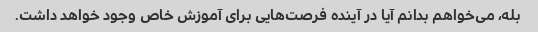
بله، می‌خواهم بدانم آیا در آینده فرصت‌هایی برای آموزش خاص وجود خواهد داشت.